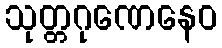
သုတ္တဂုဏေနေဝ